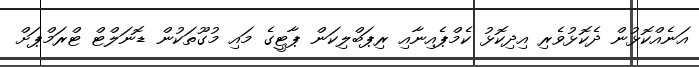
އަނެއްކޮޅުން ދެކޮޅުވެރި އިދިކޮޅު ކެމްޕެއިނާއި ރިޕަބްލިކަން ޕާޓީގެ މައި މުގޫތަކުން ޑޮނަލްޓް ޓްރަމްޕަށް